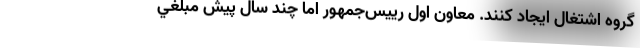
گروه اشتغال ايجاد كنند. معاون اول رييس‌جمهور اما چند سال پيش مبلغي